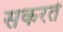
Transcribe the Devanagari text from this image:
सकरते